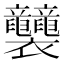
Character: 𧟛